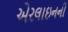
એરલાઇનની